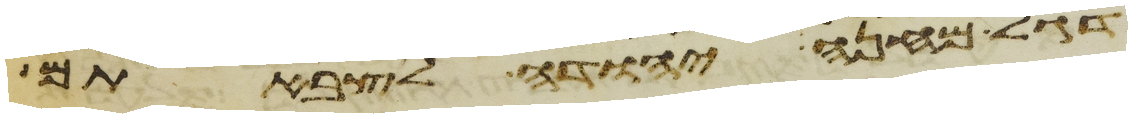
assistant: דגל מחנה יהודה לצבאתם